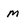
Character: M